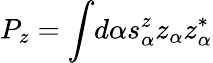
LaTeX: P_{z}=\int\! d\alpha s_{\alpha}^{z}z_{\alpha}z_{\alpha}^{*}